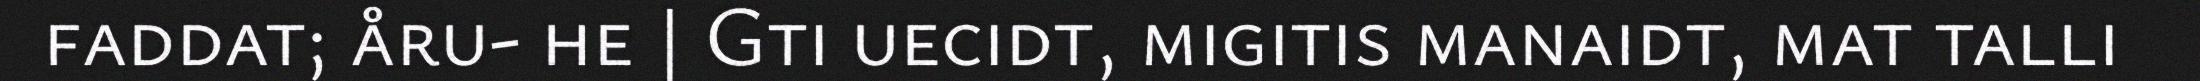
faddat; åru- he | Gti uecidt, migitis manaidt, mat talli